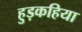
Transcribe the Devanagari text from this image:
हुड़कहिया